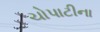
ચોપાટીના